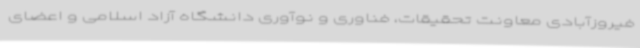
فیروزآبادی معاونت تحقیقات، فناوری و نوآوری دانشگاه آزاد اسلامی و اعضای